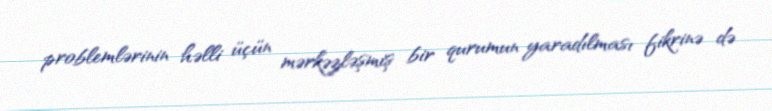
problemlərinin həlli üçün mərkəzləşmiş bir qurumun yaradılması fikrinə də